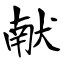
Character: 献